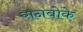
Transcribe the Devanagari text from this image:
रानबोके